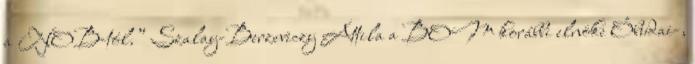
a NOB-tól.” Szalay-Berzeviczy Attila a BOM korábbi elnöke Óbudai-,